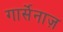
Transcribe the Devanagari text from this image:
गार्सेनाज़